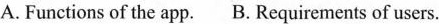
A.Functions of the app.B. Requirements of users.